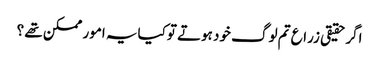
اگرحقیقی زراع تم لوگ خود ہوتے توکیایہ امور ممکن تھے ؟